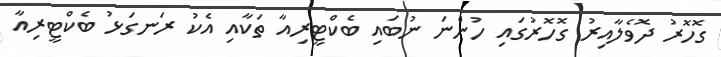
ގޮހޮރު ދޮވެލާއިރު ގޮހޮރުގައި ހުންނަ ނުބައި ބެކްޓީރިއާ ތަކާއި އެކު ރަނގަޅު ބެކްޓީރިއާ